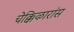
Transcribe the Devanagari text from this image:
चेक्किऴारांस